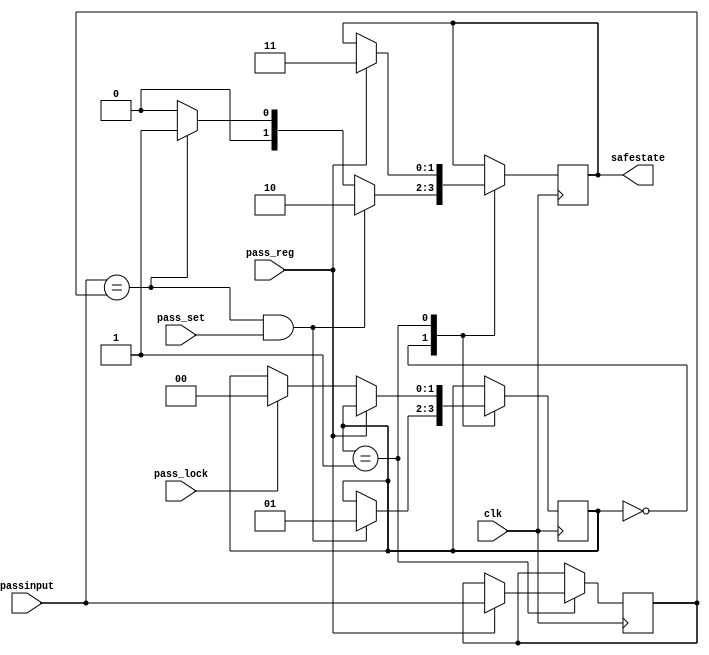
`timescale 1ns / 1ps
//////////////////////////////////////////////////////////////////////////////////
// Company: 
// Engineer: 
// 
// Design Name: 
// Module Name: Safe
// Project Name: 
// Target Devices: 
// Tool Versions: 
// Description: 
// 
// Dependencies: 
// 
// Revision:
// Revision 0.01 - File Created
// Additional Comments:
// 
//////////////////////////////////////////////////////////////////////////////////


module Safe(
    input clk,
    input [15:0] passinput,
    input pass_set,
    input pass_reg,
    input pass_lock,
    output reg [1:0] safestate
    );
    //00:locked(c), 01: open(o), 10:enterpass, 11:pass changed(s)
    
    localparam ENTERPASS = 1'b0, SETPASS = 1'b1;
    reg [1:0] state = ENTERPASS;
    reg [15:0] pass = 16'h1234;
    
    always @ (posedge clk)
    
    case(state)
    ENTERPASS:
        if (passinput == pass && pass_set == 1'b1)
        begin
        state <= SETPASS;
        safestate <= 2'b10;
        end
        else if (passinput == pass)
        safestate <= 2'b01;
        else safestate <= 2'b00;
    SETPASS:
        if (pass_reg == 1'b1)
        begin
        pass <= passinput;
        safestate <= 2'b11; end
        else if (pass_lock == 1'b1)
        state <= ENTERPASS;
    endcase
endmodule